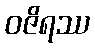
ဝဇိရဿ